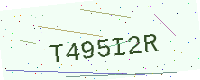
Text: T495I2R